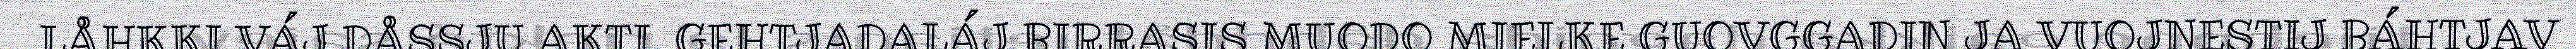
LÅHKKI VÁJ DÅSSJU AKTI. GEHTJADALÁJ BIRRASIS MUODO MIELKE GUOVGGADIN JA VUOJNESTIJ BÁHTJAV